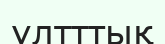
ұлтттық